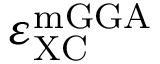
\varepsilon _ { \mathrm { X C } } ^ { \mathrm { m G G A } }